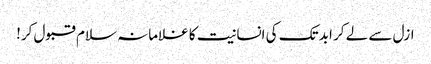
ازل سے لے کر ابد تک کی انسانیت کا غلامانہ سلام قبول کر!